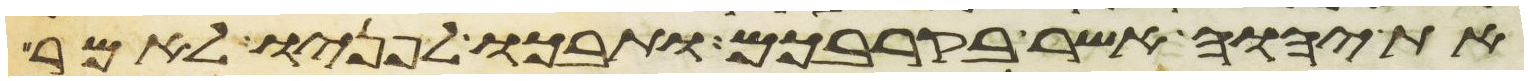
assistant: את יהוה אשר בקרבכם ותבכו לפניו לאמר